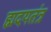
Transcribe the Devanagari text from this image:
ह्मदयतंत्र